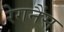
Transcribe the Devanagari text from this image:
रेगनैंस